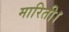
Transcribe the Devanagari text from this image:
मारिती।